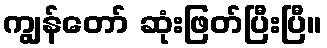
ကျွန်တော် ဆုံးဖြတ်ပြီးပြီ။